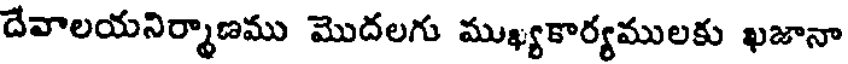
దేవాలయనిర్మాణము మొదలగు ముఖ్యకార్యములకు ఖజానా